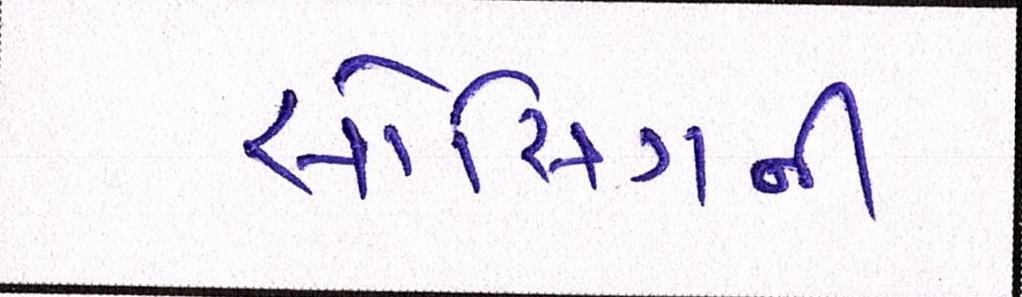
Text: સોર્સિંગની